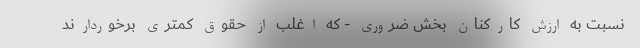
نسبت به ارزش کارکنان بخش ضروری - که اغلب از حقوق کمتری برخوردارند